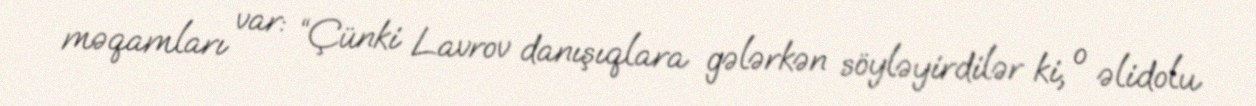
məqamları var: “Çünki Lavrov danışıqlara gələrkən söyləyirdilər ki, o əlidolu